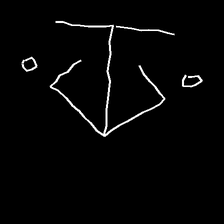
Glyph: earth